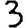
Digit: 3